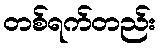
တစ်ရက်တည်း